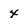
Character: 4